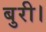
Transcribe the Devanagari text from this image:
बुरी।